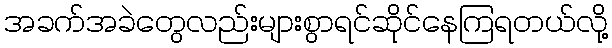
အခက်အခဲတွေလည်းများစွာရင်ဆိုင်နေကြရတယ်လို့